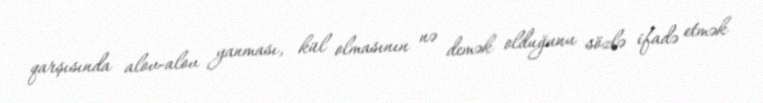
qarşısında alov-alov yanması, kül olmasının nə demək olduğunu sözlə ifadə etmək